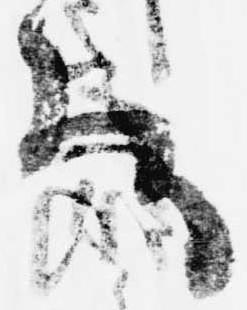
給